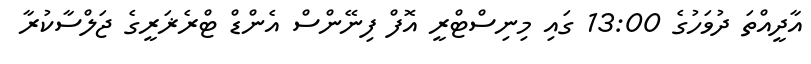
އާދީއްތަ ދުވަހުގެ 13:00 ގައި މިނިސްޓްރީ އޮފް ފިނޭންސް އެންޑް ޓްރެޜަރީގެ ޖަލްސާކުރާ